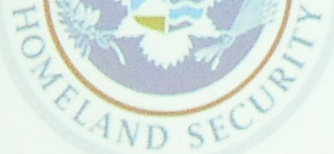
HOMELAND SECURITY